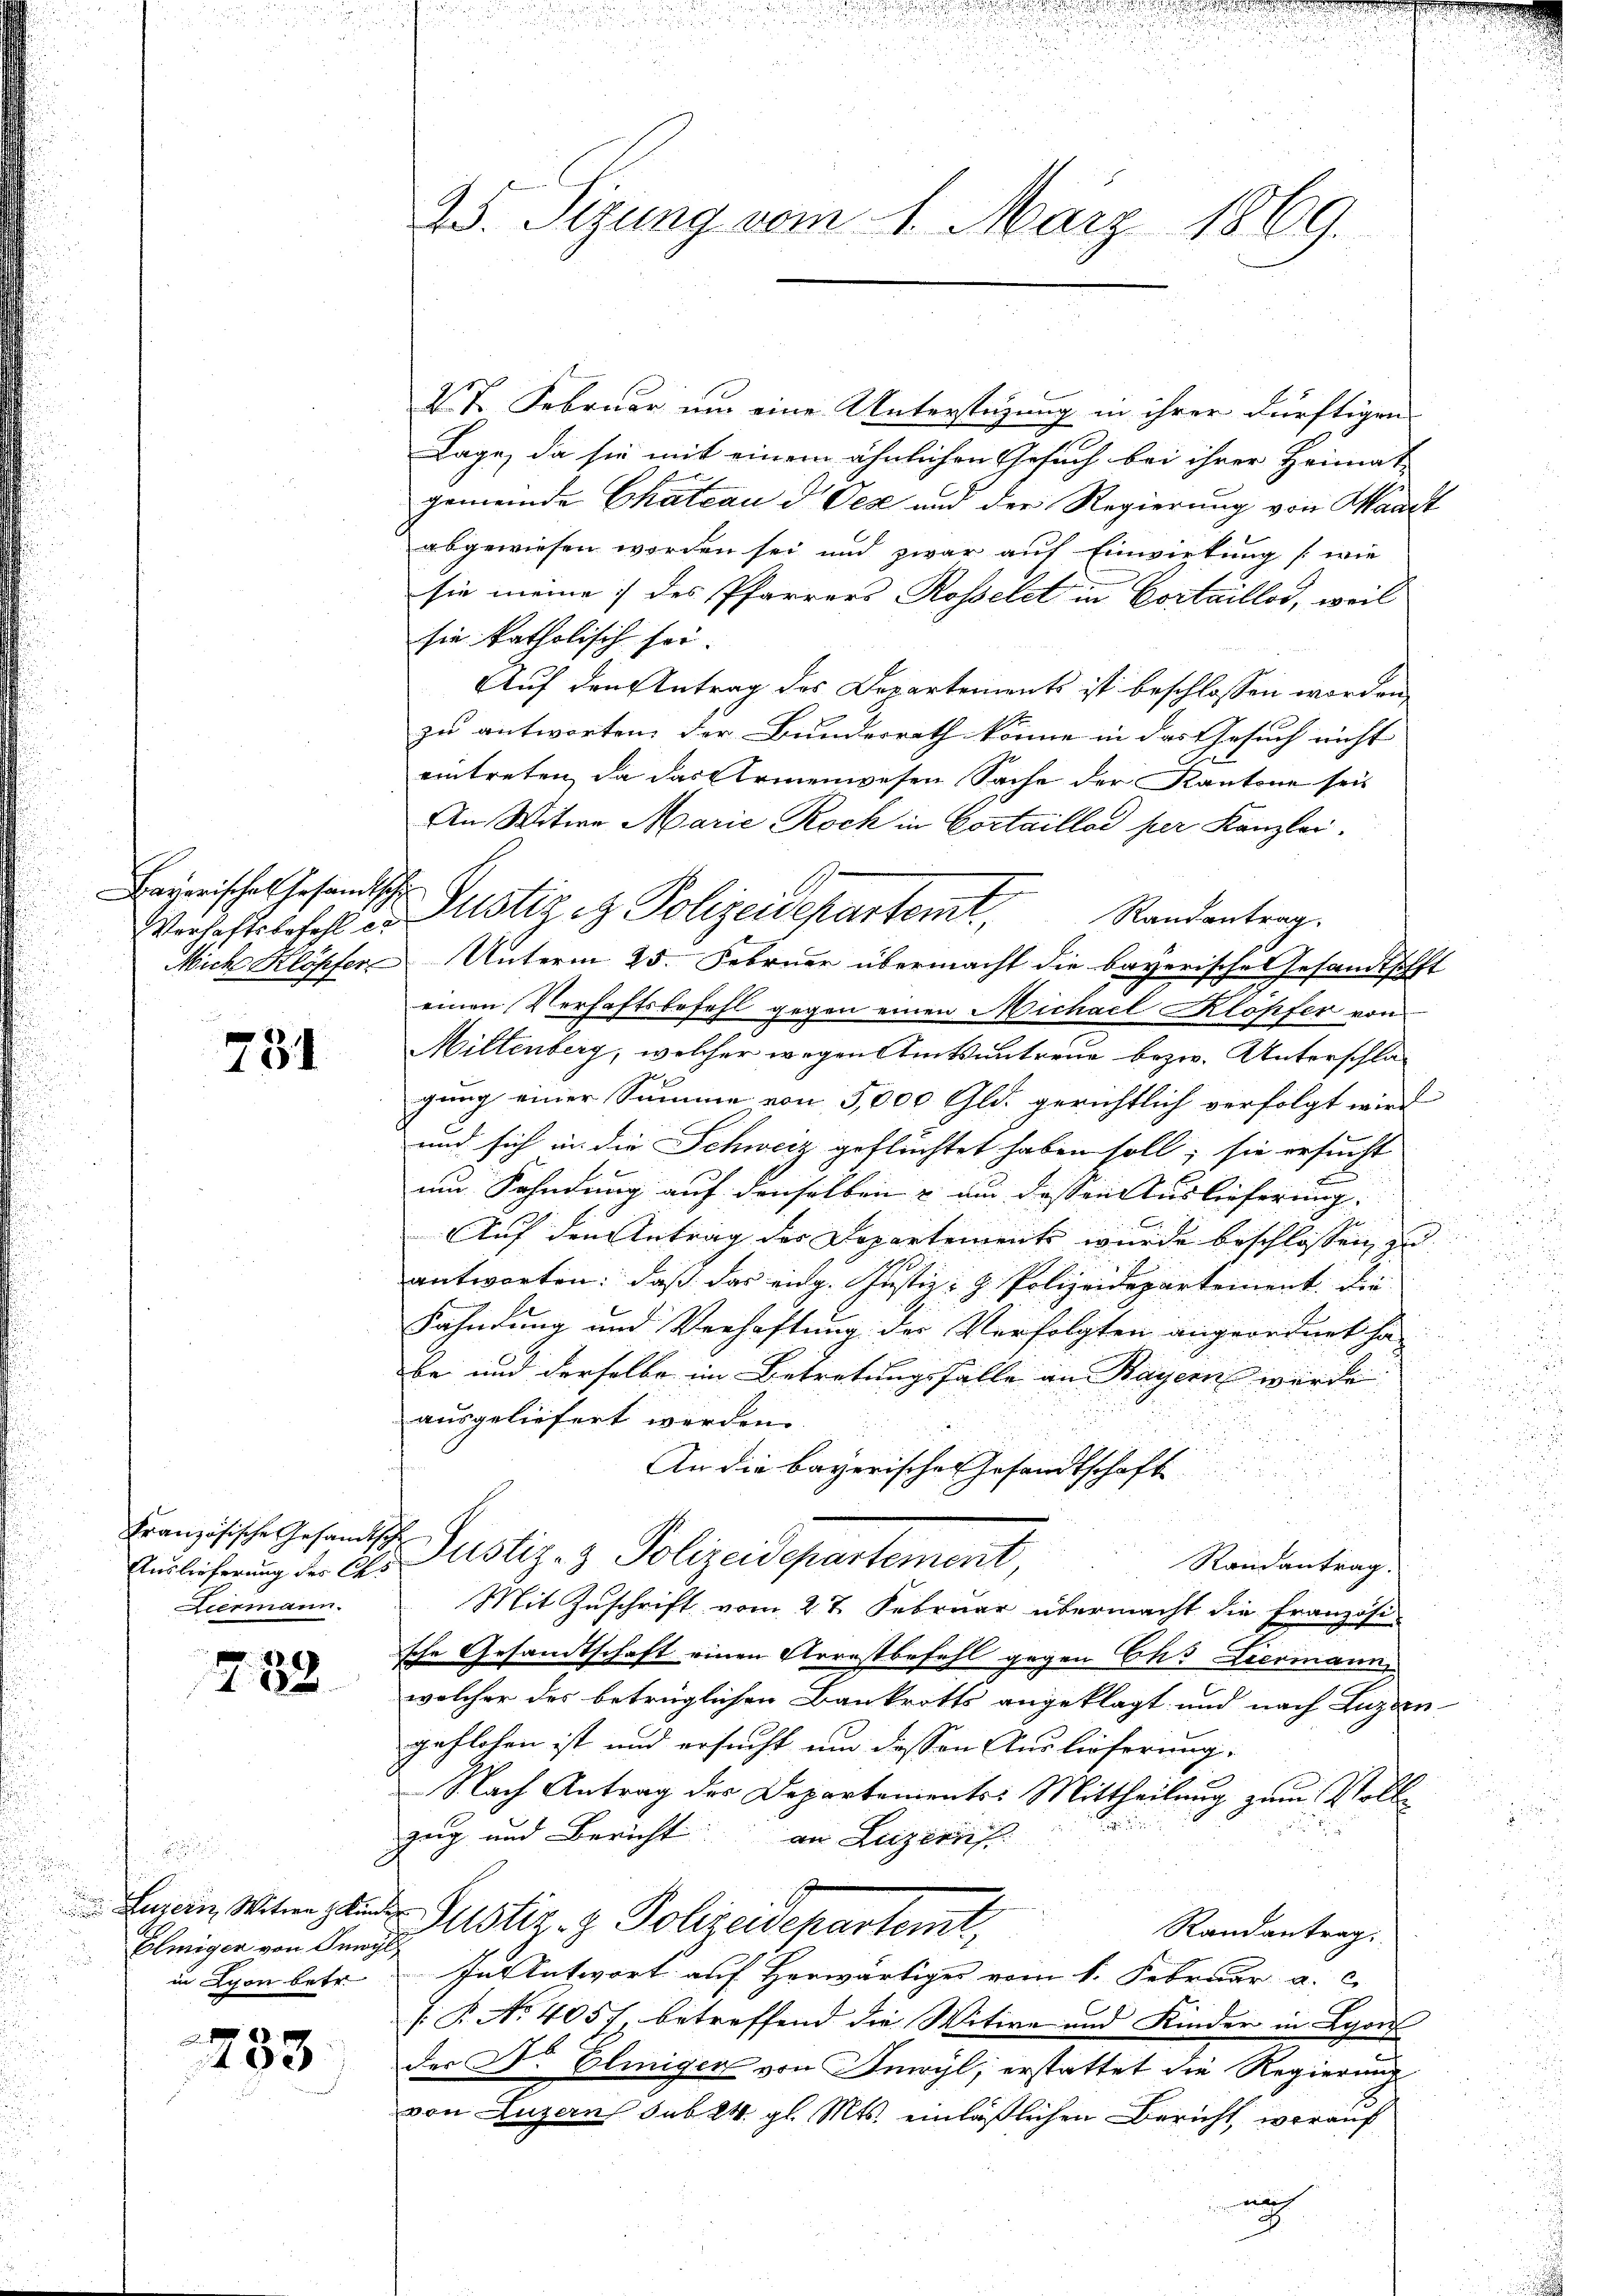
Bayerisches Gesandtsche

w
734

Französische Gesandtische
Liermann.

738

.
d
 Luzern, Witwe zun
Elmigen von Juny
in Schon betr.

2
133.

.

25. Sizung vom 1. März 1869.

V 7. Februar und eine Unterstüzung in ihrer dürftigen
Lage, da sie mit einem ähnlichen Gesuch bei ihrer Heimat
gemeinde Chateau d Oez und der Regierung von Waadt
abgewiesen worden sei und zwar auf Einwirkung (wie
sie meine des Pfarrers Rosselet in Cortaillod, weil
sie katholisch sei.
Auf den Antrag des Departements ist beschlossen worden,
zu antworten der Bundesrath könne in das Gesuch nicht |
eintreten, da das Armenwesen Sache der Kantone sei
An Witwe Marie Rock in Cortaillai per Kanzler.
Randantrag
Mich Klöpfer Unterm 25. Februar übermacht die bayerische Gesandthofft
einen Verhaftsbefehl gegen einen Michael Klöpfer von
Miltenberg, welcher wegen Amtsantreue bezw. Unterschla-
gung einer Summe von 5,000 Gld. gerichtlich verfolgt wird
und sich in die Schweiz geflüchtet haben soll; sie ersucht
un Sohndung auf denselben & an dessen Auslieferung. |
Auf den Antrag der Departement wurde beschlossen, zu
antworten: daß das eidg. Justiz- & Polizeidepartement. Die
Fahndung und Verhaftung der Verfolgten angeordnet ha
be und derselbe im Betretungsfalle an Bayern wurde

ausgeliefert werden.
An die bayerische Gesandtschaft
2
Beulicherung der 2. Justiz- & Polizeidepartement,
Randantrag.
Mit Zuschrift vom 27. Februar übermacht die Französi-
sche Gesandtschaft einen Arrestbefehl gegen Bus Liermann
welcher des betrüglichen Bankrotts angeklagt und nach Luzern
geflohen ist und ersucht um dessen Auslieferung.
Nach Antrag der Departements: Mittheilung zum Voll

zug und Bericht an Luzerns
v. Suster. z. Polizeidepartemt,
Randantrag:
h
In Antwort auf Herwärtiger vom 1. Februar a. c.
: P. No 4057, betreffend die Witwe und Kinder in Lyon
der Dr. Eliniger von Inwyl, erstattet die Regierung
von Luzern sub 24. gl. Mts. einläßlichen Bericht, worauf
h

Wehestelefehl in Justiz & Polizeidepartemt,

u
u